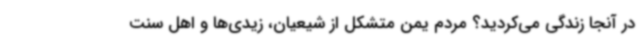
در آنجا زندگی می‌کردید؟ مردم یمن متشکل از شیعیان، زیدی‌ها و اهل سنت